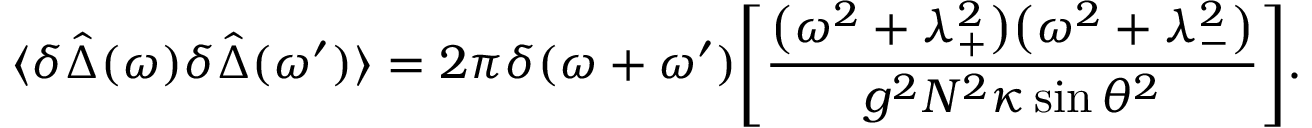
\langle \delta \hat { \Delta } ( \omega ) \delta \hat { \Delta } ( \omega ^ { \prime } ) \rangle = 2 \pi \delta ( \omega + \omega ^ { \prime } ) \Bigg [ \frac { \big ( \omega ^ { 2 } + \lambda _ { + } ^ { 2 } \big ) \big ( \omega ^ { 2 } + \lambda _ { - } ^ { 2 } \big ) } { g ^ { 2 } N ^ { 2 } \kappa \sin \theta ^ { 2 } } \Bigg ] .